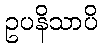
ဥပနိသာပိ